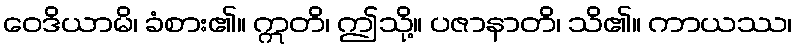
ဝေဒိယာမိ၊ ခံစား၏။ ဣတိ၊ ဤသို့။ ပဇာနာတိ၊ သိ၏။ ကာယဿ၊